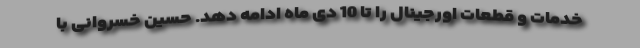
خدمات و قطعات اورجینال را تا 10 دی ماه ادامه دهد. حسین خسروانی با